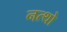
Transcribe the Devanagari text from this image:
नत्थो